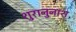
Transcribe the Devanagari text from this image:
शुरानुनाश